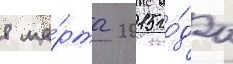
8 ма́рта 2015 го́да